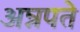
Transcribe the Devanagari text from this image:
अन्नपते